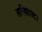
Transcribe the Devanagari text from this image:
सरियाहाट।